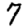
Digit: 7